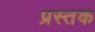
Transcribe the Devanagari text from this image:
प्रस्तक